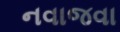
નવાજવા